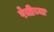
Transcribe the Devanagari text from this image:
पेचीच्या